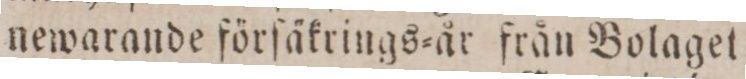
newarande förſäkrings=år från Bolaget